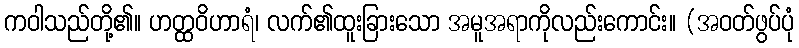
ကဝါသည်တို့၏။ ဟတ္ထဝိဟာရံ၊ လက်၏ထူးခြားသော အမူအရာကိုလည်းကောင်း။ (အဝတ်ဖွပ်ပုံ